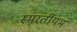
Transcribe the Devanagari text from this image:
स्मरतीयम